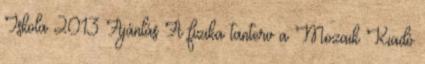
Iskola 2013 Ajánlás A fizika tanterv a Mozaik Kiadó